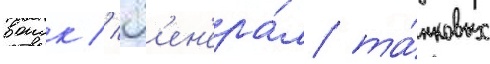
воиск // Г'ен'ера́л та́нковых